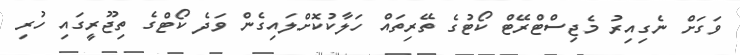
ވަގަށް ނެގިއިރު މެޖިސްޓްރޭޓް ކޯޓުގެ ތޭރިތައް ހަލާކުކޮށްލައިގެން ވަދެ ކޯޓްގެ ތިޖޫރީގައި ހުރި